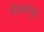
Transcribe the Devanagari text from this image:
नियमानुस